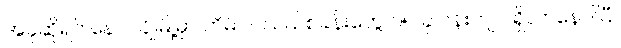
အခုဆိုရင် နောင်ချိုမြို့မှာ တိမ်ပင်လယ်စခန်းတွေ ၁၅ ခု ဝန်းကျင် ရှိလာနေပါပြီ။